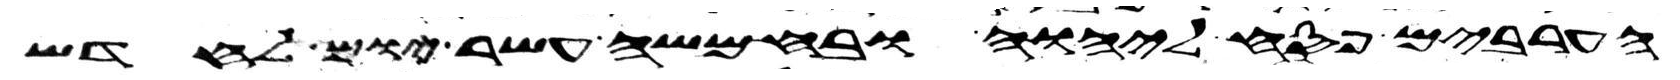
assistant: הערבים פסח ליהוה ובחמשה עשר יום לחדש